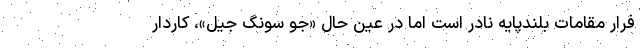
فرار مقامات بلند‌پایه نادر است اما در عین حال «جو سونگ جیل»، کاردار